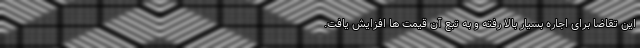
این تقاضا برای اجاره بسیار بالا رفته و به تبع آن قیمت ها افزایش یافت.